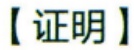
【证明】